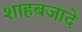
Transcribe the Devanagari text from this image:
शाहबजादे